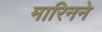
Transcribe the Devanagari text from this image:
मारिनने